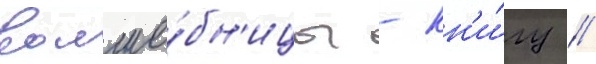
волше́бн'ицы - кн'и́гу /